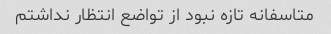
متاسفانه تازه نبود از تواضع انتظار نداشتم